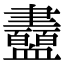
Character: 衋